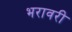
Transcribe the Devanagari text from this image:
भरावरी